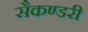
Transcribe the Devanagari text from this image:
सैकण्‍डरी